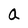
Character: a